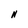
Character: N